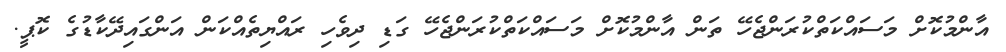
އާންމުކޮށް މަސައްކަތްކުރަންޖެހޭ ތަން އާންމުކޮށް މަސައްކަތްކުރަންޖެހޭ ގަޑި ދިވެހި ރައްޔިތެއްކަން އަންގައިދޭކާޑުގެ ކޮޕީ.